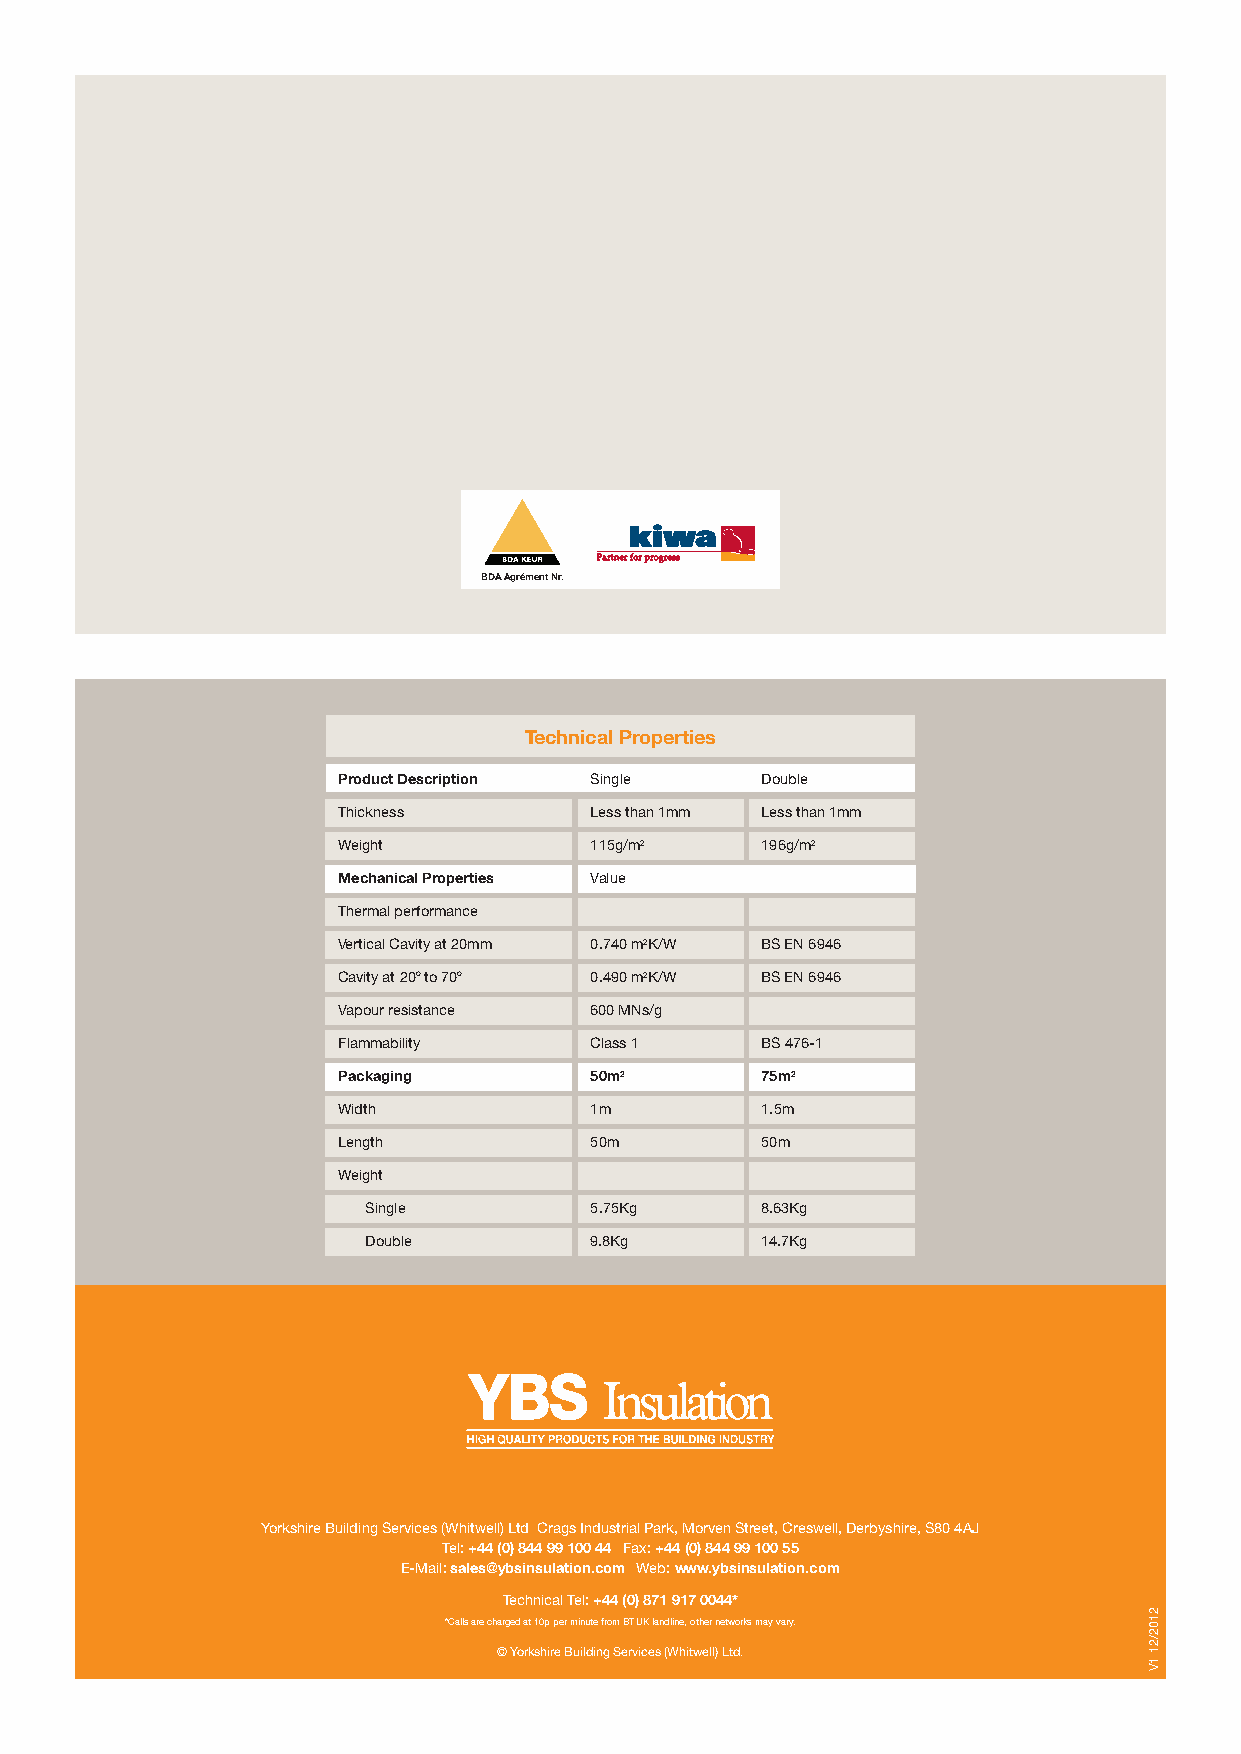
BDA Agrément Nr.
 Technical Properties
 Product Description Single  Double
 Thickness        Less than 1mm Less than 1mm
 Weight           115g/m2    196g/m2
 Mechanical Properties Value
 Thermal performance
 Vertical Cavity at 20mm 0.740 m2K/W BS EN 6946
 Cavity at 20O to 70O 0.490 m2K/W BS EN 6946
 Vapour resistance 600 MNs/g
 Flammability     Class 1    BS 476-1
 Packaging        50m2       75m2
 Width            1m         1.5m
 Length           50m        50m
 Weight
 Single         5.75Kg     8.63Kg
 Double         9.8Kg      14.7Kg
 Yorkshire Building Services (Whitwell) Ltd Crags Industrial Park, Morven Street, Creswell, Derbyshire, S80 4AJ
 Tel: +44 (0) 844 99 100 44 Fax: +44 (0) 844 99 100 55
 E-Mail: sales@ybsinsulation.com Web: www.ybsinsulation.com
 Technical Tel: +44 (0) 871 917 0044*
 *Calls are charged at 10p per minute from BT UK landline, other networks may vary.
 © Yorkshire Building Services (Whitwell) Ltd.
 2102/21
 1V